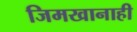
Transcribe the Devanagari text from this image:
जिमखानाही